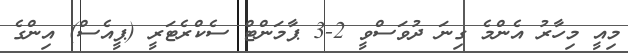
މިއީ މިހާރު އެންމެ ގިނަ ދުވަސްވީ 2-3 ޕާމަންޓް ސެކްރެޓަރީ (ޕީއެސް) އިންގެ